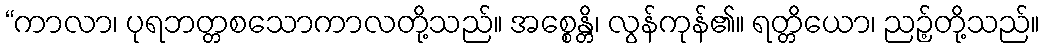
“ကာလာ၊ ပုရဘတ္တစသောကာလတို့သည်။ အစ္စေန္တိ၊ လွန်ကုန်၏။ ရတ္တိယော၊ ညဉ့်တို့သည်။